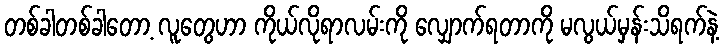
တစ်ခါတစ်ခါတော့ လူတွေဟာ ကိုယ်လိုရာလမ်းကို လျှောက်ရတာကို မလွယ်မှန်းသိရက်နဲ့